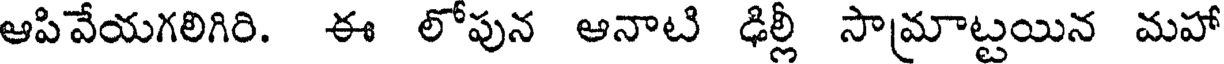
ఆపివేయగలిగిరి. ఈ లోపున అనాటి ఢిల్లీ సామాట్టయిన మహో